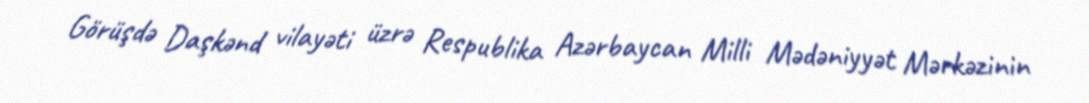
Görüşdə Daşkənd vilayəti üzrə Respublika Azərbaycan Milli Mədəniyyət Mərkəzinin